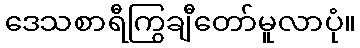
ဒေသစာရီကြွချီတော်မူလာပုံ။